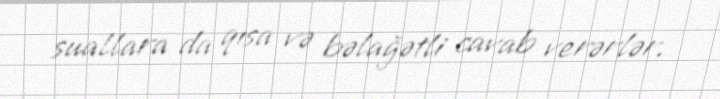
suallara da qısa və bəlağətli cavab verərlər.